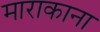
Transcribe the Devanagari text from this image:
माराकाना